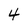
Character: 4